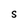
Character: s